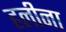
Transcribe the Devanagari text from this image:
हलीना